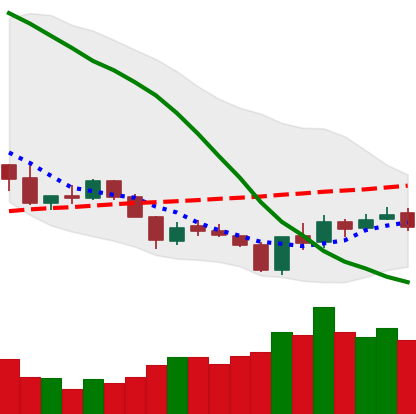
Ticker: XLM-USD
Chart end date: 2018-06-04
Forward return: -3.513%
Label: down_3_5